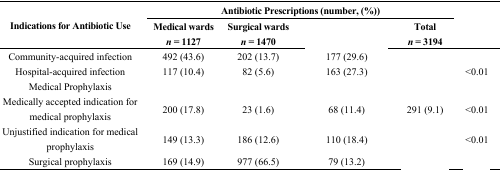
<table><thead><tr><td rowspan="2"><b>Indications for Antibiotic Use</b></td><td colspan="4"><b>Antibiotic Prescriptions (number, (%))</b></td><td rowspan="2">[EMPTY_CELL]</td></tr><tr><td><b>Medical wards <i>n</i> = 1127</b></td><td><b>Surgical wards <i>n</i> = 1470</b></td><td>[EMPTY_CELL]</td><td><b>Total <i>n</i> = 3194</b></td></tr></thead><tbody><tr><td>Community-acquired infection</td><td>492 (43.6)</td><td>202 (13.7)</td><td>177 (29.6)</td><td>[EMPTY_CELL]</td><td>[EMPTY_CELL]</td></tr><tr><td>Hospital-acquired infection</td><td>117 (10.4)</td><td>82 (5.6)</td><td>163 (27.3)</td><td>[EMPTY_CELL]</td><td>&lt;0.01</td></tr><tr><td>Medical Prophylaxis</td><td>[EMPTY_CELL]</td><td>[EMPTY_CELL]</td><td>[EMPTY_CELL]</td><td>[EMPTY_CELL]</td><td>[EMPTY_CELL]</td></tr><tr><td>Medically accepted indication for medical prophylaxis</td><td>200 (17.8)</td><td>23 (1.6)</td><td>68 (11.4)</td><td>291 (9.1)</td><td>&lt;0.01</td></tr><tr><td>Unjustified indication for medical prophylaxis</td><td>149 (13.3)</td><td>186 (12.6)</td><td>110 (18.4)</td><td>[EMPTY_CELL]</td><td>&lt;0.01</td></tr><tr><td>Surgical prophylaxis</td><td>169 (14.9)</td><td>977 (66.5)</td><td>79 (13.2)</td><td>[EMPTY_CELL]</td><td>[EMPTY_CELL]</td></tr></tbody></table>